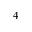
4